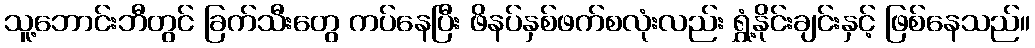
သူ့ဘောင်းဘီတွင် ခြက်သီးတွေ ကပ်နေပြီး ဖိနပ်နှစ်ဖက်စလုံးလည်း ရွှံ့နိုင်းချင်းနှင့် ဖြစ်နေသည်။